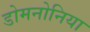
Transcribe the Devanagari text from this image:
डोमनोनिया